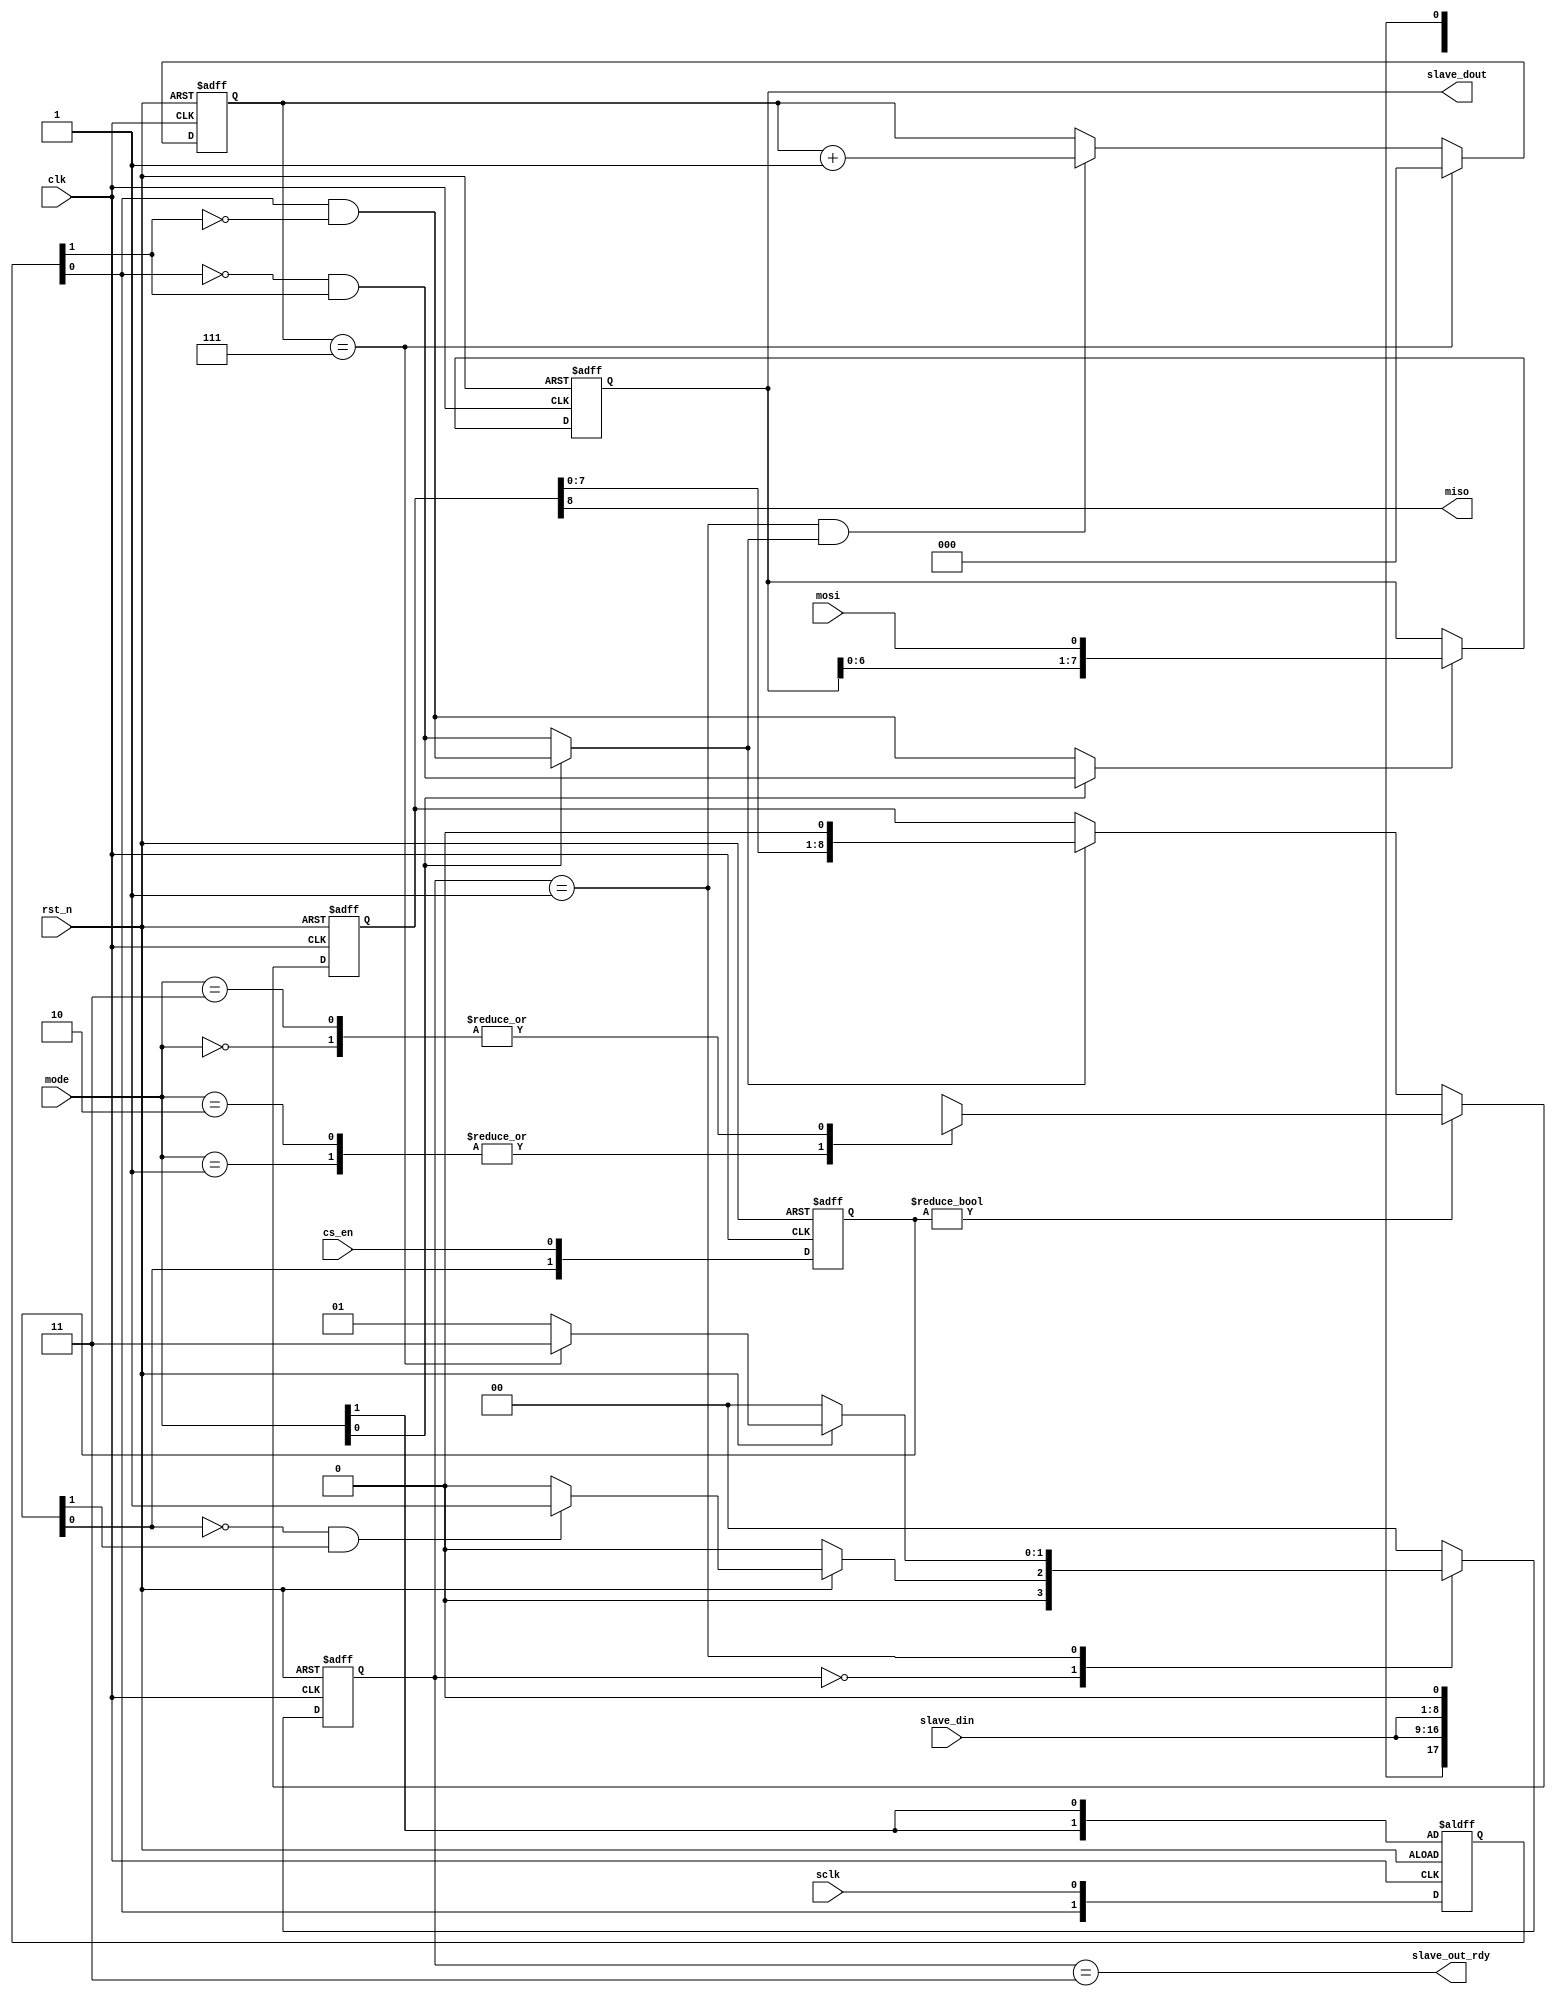
// -----------------------------------------------------------------
// 
// Company: 
// Description:                                                     
// 
// | spi mode | CPOL | CPHA | Clock polarity | Phase                                                |
// | -------- | ---- | ---- | -------------- | ---------------------------------------------------- |
// | 0        | 0    | 0    | idles at 0     | trailing edge(neg) shift, leading edge(pos) capture |
// | 1        | 0    | 1    | idles at 0     | leading edge(pos) shift, trailing edge(neg) capture |
// | 2        | 1    | 0    | idles at 1     | trailing edge(pos) shift, leading edge(neg) capture |
// | 3        | 1    | 1    | idles at 1     | leading edge(neg) shift, trailing edge(pos) capture |
//                                                                  
// Comments:                                                        
// 
// -----------------------------------------------------------------


module spi_slave    #(parameter WIDTH = 8)
(
    input                   clk,
    input                   rst_n,
    input                   sclk,
    input                   cs_en,
    input   [1:0]           mode,
    input   [WIDTH-1:0]     slave_din,
    input                   mosi,
    output                  miso,
    output                  slave_out_rdy,
    output  [WIDTH-1:0]     slave_dout
);

// Define
reg     [1:0]               sclk_buf;

reg     [clogb2(WIDTH)-1:0] shift_cnt;

reg     [WIDTH:0]           slave_i_r;           
reg     [WIDTH:0]           slave_i_r_tmp;
reg     [WIDTH-1:0]         slave_o_r;

wire                        sclk_neg;
wire                        sclk_pos;
wire                        shift_en;
wire                        capture_en;

reg    [1:0]                cs_buf;

// FSM
reg     [1:0]               slave_state;
reg     [1:0]               slave_state_next;

localparam  INIT    = 2'b00;
localparam  TRAN    = 2'b01;
localparam  READY   = 2'b11;

wire slave_INIT = slave_state == INIT;
wire slave_TRAN = slave_state == TRAN;
wire slave_READY = slave_state == READY;

always @(posedge clk or negedge rst_n) begin
    if(!rst_n) begin
        slave_state     <= 2'b00;
    end
    else begin
        slave_state     <= slave_state_next;
    end
end

// Edge detect
always @(posedge clk or negedge rst_n) begin
    if(!rst_n) begin
        sclk_buf    <= {mode[1],mode[1]};
        cs_buf      <= 2'b11;
    end
    else begin
        sclk_buf    <= {sclk_buf[0],sclk};
        cs_buf      <= {cs_buf[0],cs_en};
    end
end

assign sclk_neg = ~sclk_buf[0] & sclk_buf[1];
assign sclk_pos = sclk_buf[0] & ~sclk_buf[1];
assign cs_neg   = ~cs_buf[0] & cs_buf[1];

// Counter
always @(posedge clk or negedge rst_n) begin
    if(!rst_n) begin
        shift_cnt       <= 'd0;
    end
    else if(shift_cnt==WIDTH-1) begin
        shift_cnt       <= 'd0;
    end
    else if(slave_TRAN&&shift_en) begin
        shift_cnt       <= shift_cnt + 1'b1;
    end
end


// CTRL
assign shift_en = mode[0] ? sclk_pos : sclk_neg;
assign capture_en = mode[0] ? sclk_neg : sclk_pos;


assign slave_out_rdy = slave_READY;

// din_registor
always @(*) begin
    case(mode)
        2'b00:
            slave_i_r_tmp = {slave_din,1'b0};
        2'b01:
            slave_i_r_tmp = {1'bx,slave_din};
        2'b10:
            slave_i_r_tmp = {1'bx,slave_din};
        2'b11:
            slave_i_r_tmp = {slave_din,1'b0};
        default:
            slave_i_r_tmp = 'd0;
    endcase
end

always @(posedge clk or negedge rst_n) begin
    if(!rst_n) begin
        slave_i_r       <= 'd0;
    end
    else if(cs_buf) begin 
        slave_i_r       <= slave_i_r_tmp;
        // slave_i_r       <= mode[0] ? {1'bx,slave_din} : {slave_din,1'b0};
        // slave_i_r       <= {1'bx,slave_din};
    end 
    else if(shift_en) begin
        slave_i_r       <= {slave_i_r[WIDTH-1:0],1'b0};
    end
end

assign miso = slave_i_r[WIDTH];

// dout_registor
always @(posedge clk or negedge rst_n) begin
    if(!rst_n) begin
        slave_o_r      <= 'd0;
    end
    else if(capture_en) begin
        slave_o_r      <= {slave_o_r[WIDTH-2:0],mosi};
    end
end

assign slave_dout = slave_o_r;

// STM
always @(*) begin
    case(slave_state)
        INIT:
            if(!rst_n)
                slave_state_next = INIT;
            else if(cs_neg)
                slave_state_next = TRAN;
            else
                slave_state_next = INIT;
        TRAN:
            if(!rst_n)
                slave_state_next = INIT;
            else if(shift_cnt == WIDTH-1)
                slave_state_next = READY;
            else
                slave_state_next = TRAN;
        READY:
            if(!rst_n)
                slave_state_next = INIT;
            else
                slave_state_next = INIT;
        default:
            slave_state_next = INIT;
    endcase 
end


// FUNCTION
function [31:0] clogb2;
    input [31:0] depth;
    begin
        for(clogb2=0;depth>1;clogb2=clogb2 + 1)
            depth = depth >> 1;
    end
endfunction




endmodule